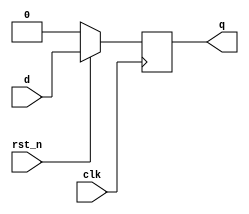
// This program was cloned from: https://github.com/sinkswim/veriloglib
// License: MIT License

// Synchronous reset D flip-flop
module dff_srst
(
    input clk, rst_n,
    input d,
    output reg q
);

always @(posedge clk)
    if(!rst_n)
        q <= 0;
    else
        q <= d;

endmodule